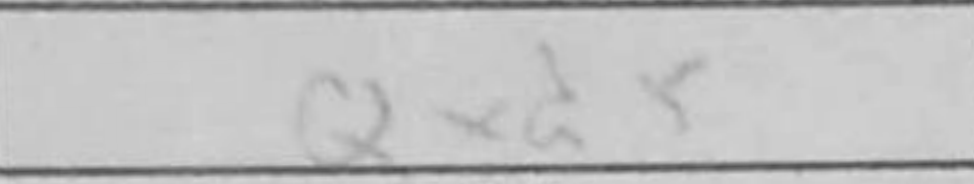
Transcription: Qxd5